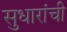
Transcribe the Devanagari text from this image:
सुधारांची